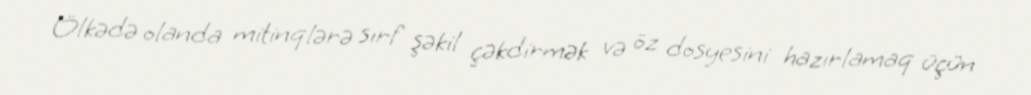
Ölkədə olanda mitinqlərə sırf şəkil çəkdirmək və öz dosyesini hazırlamaq üçün